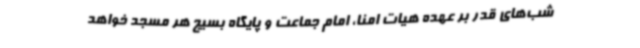
شب‌های قدر بر عهده هیات امنا، امام جماعت و پایگاه بسیج هر مسجد خواهد